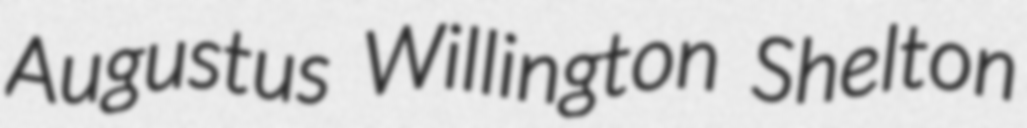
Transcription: Augustus Willington Shelton